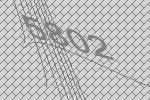
5802